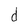
Character: d